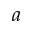
a